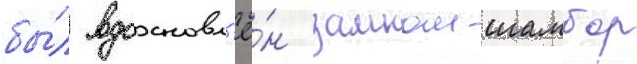
бы́л вдохновл'ё́н замком шамбор